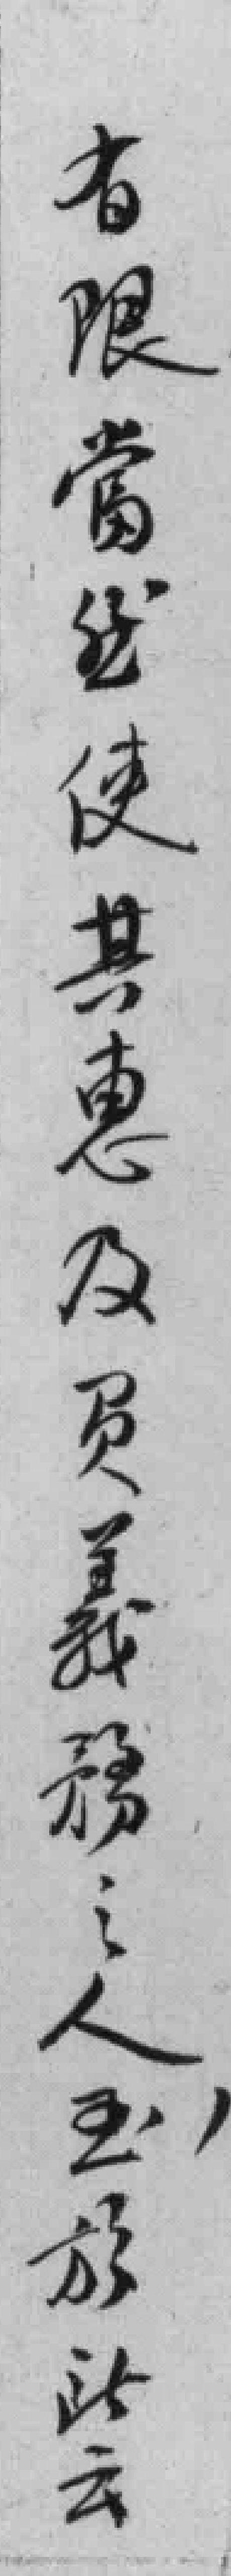
有限，當然使其惠及员義務之人，玉放此云